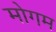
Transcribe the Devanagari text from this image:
मोगम